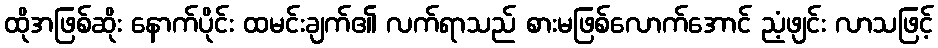
ထိုအဖြစ်ဆိုး နောက်ပိုင်း ထမင်းချက်၏ လက်ရာသည် စားမဖြစ်လောက်အောင် ညံ့ဖျင်း လာသဖြင့်